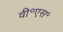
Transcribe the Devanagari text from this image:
वी॰एस॰